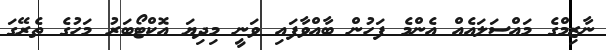
ނާޒިމްގެ މައްސަލައެއް އެންމެ ފަހުން ބާއްވާފައި ވަނީ މިދިޔަ އޮކްޓޯބަރު މަހުގެ ތެރޭގަ